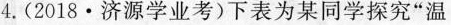
4.(2018·济源学业考)下表为某同学探究”温